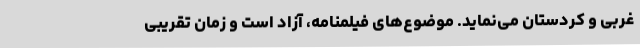
غربی و کردستان می‌نماید. موضوع‌های فیلمنامه، آزاد است و زمان تقریبی